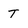
Character: t